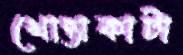
খোন্তাকাটা